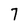
Character: 7